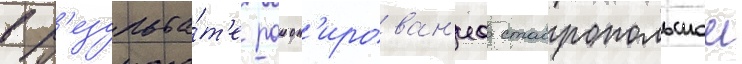
в р'езульта́т'е раион'ирован'иа ставропольскои